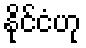
နိုင်ငံဟု